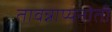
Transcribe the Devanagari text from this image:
तावन्नाप्यनोती